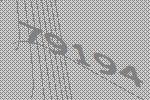
79194